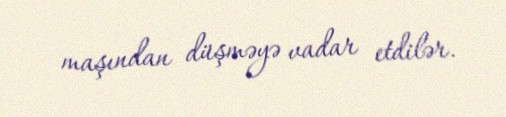
maşından düşməyə vadar etdilər.